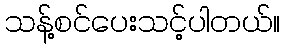
သန့်စင်ပေးသင့်ပါတယ်။